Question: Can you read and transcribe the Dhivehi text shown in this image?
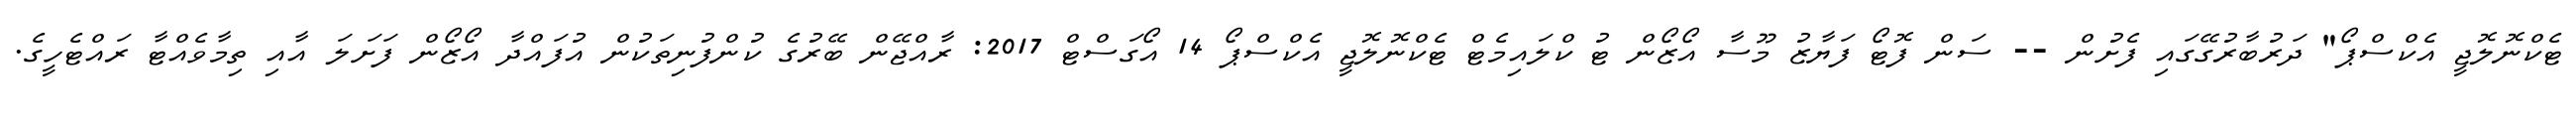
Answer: ޓެކްނޮލޮޖީ އެކްސްޕޯ" ދަރުބާރުގޭގައި ފެށުން -- ސަން ފޮޓޯ ފަޔާޒު މޫސާ އޯޒޯން ޓު ކްލައިމެޓް ޓެކްނޮލޮޖީ އެކްސްޕޯ 14 އޯގަސްޓް 2017: ރާއްޖޭން ބޭރުގެ ކުންފުނިތަކުން އުފައްދާ އޯޒޯން ފަށަލަ އާއި ތިމާވެއްޓާ ރައްޓެހީގެ.